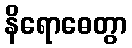
နိရောဓေတွာ